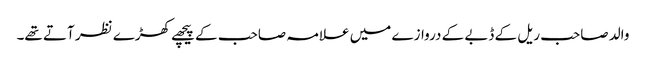
والد صاحب ریل کے ڈبے کے دروازے میں علامہ صاحب کے پیچھے کھڑے نظر آتے تھے۔